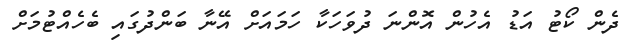
ދެން ކޯޓު އަޑު އެހުން އޮންނަ ދުވަހަކާ ހަމައަށް އޭނާ ބަންދުގައި ބެހެއްޓުމަށް